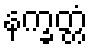
နက္ခတ္တံ